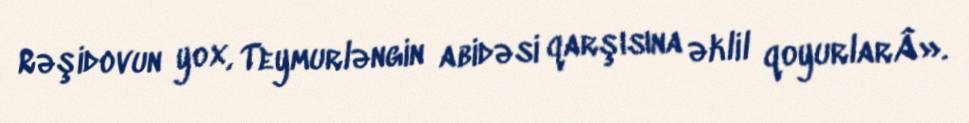
Rəşidovun yox, Teymurləngin abidəsi qarşısına əklil qoyurlarÂ».